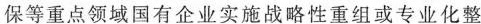
保等重点领域国有企业实施战略性重组或专业化整